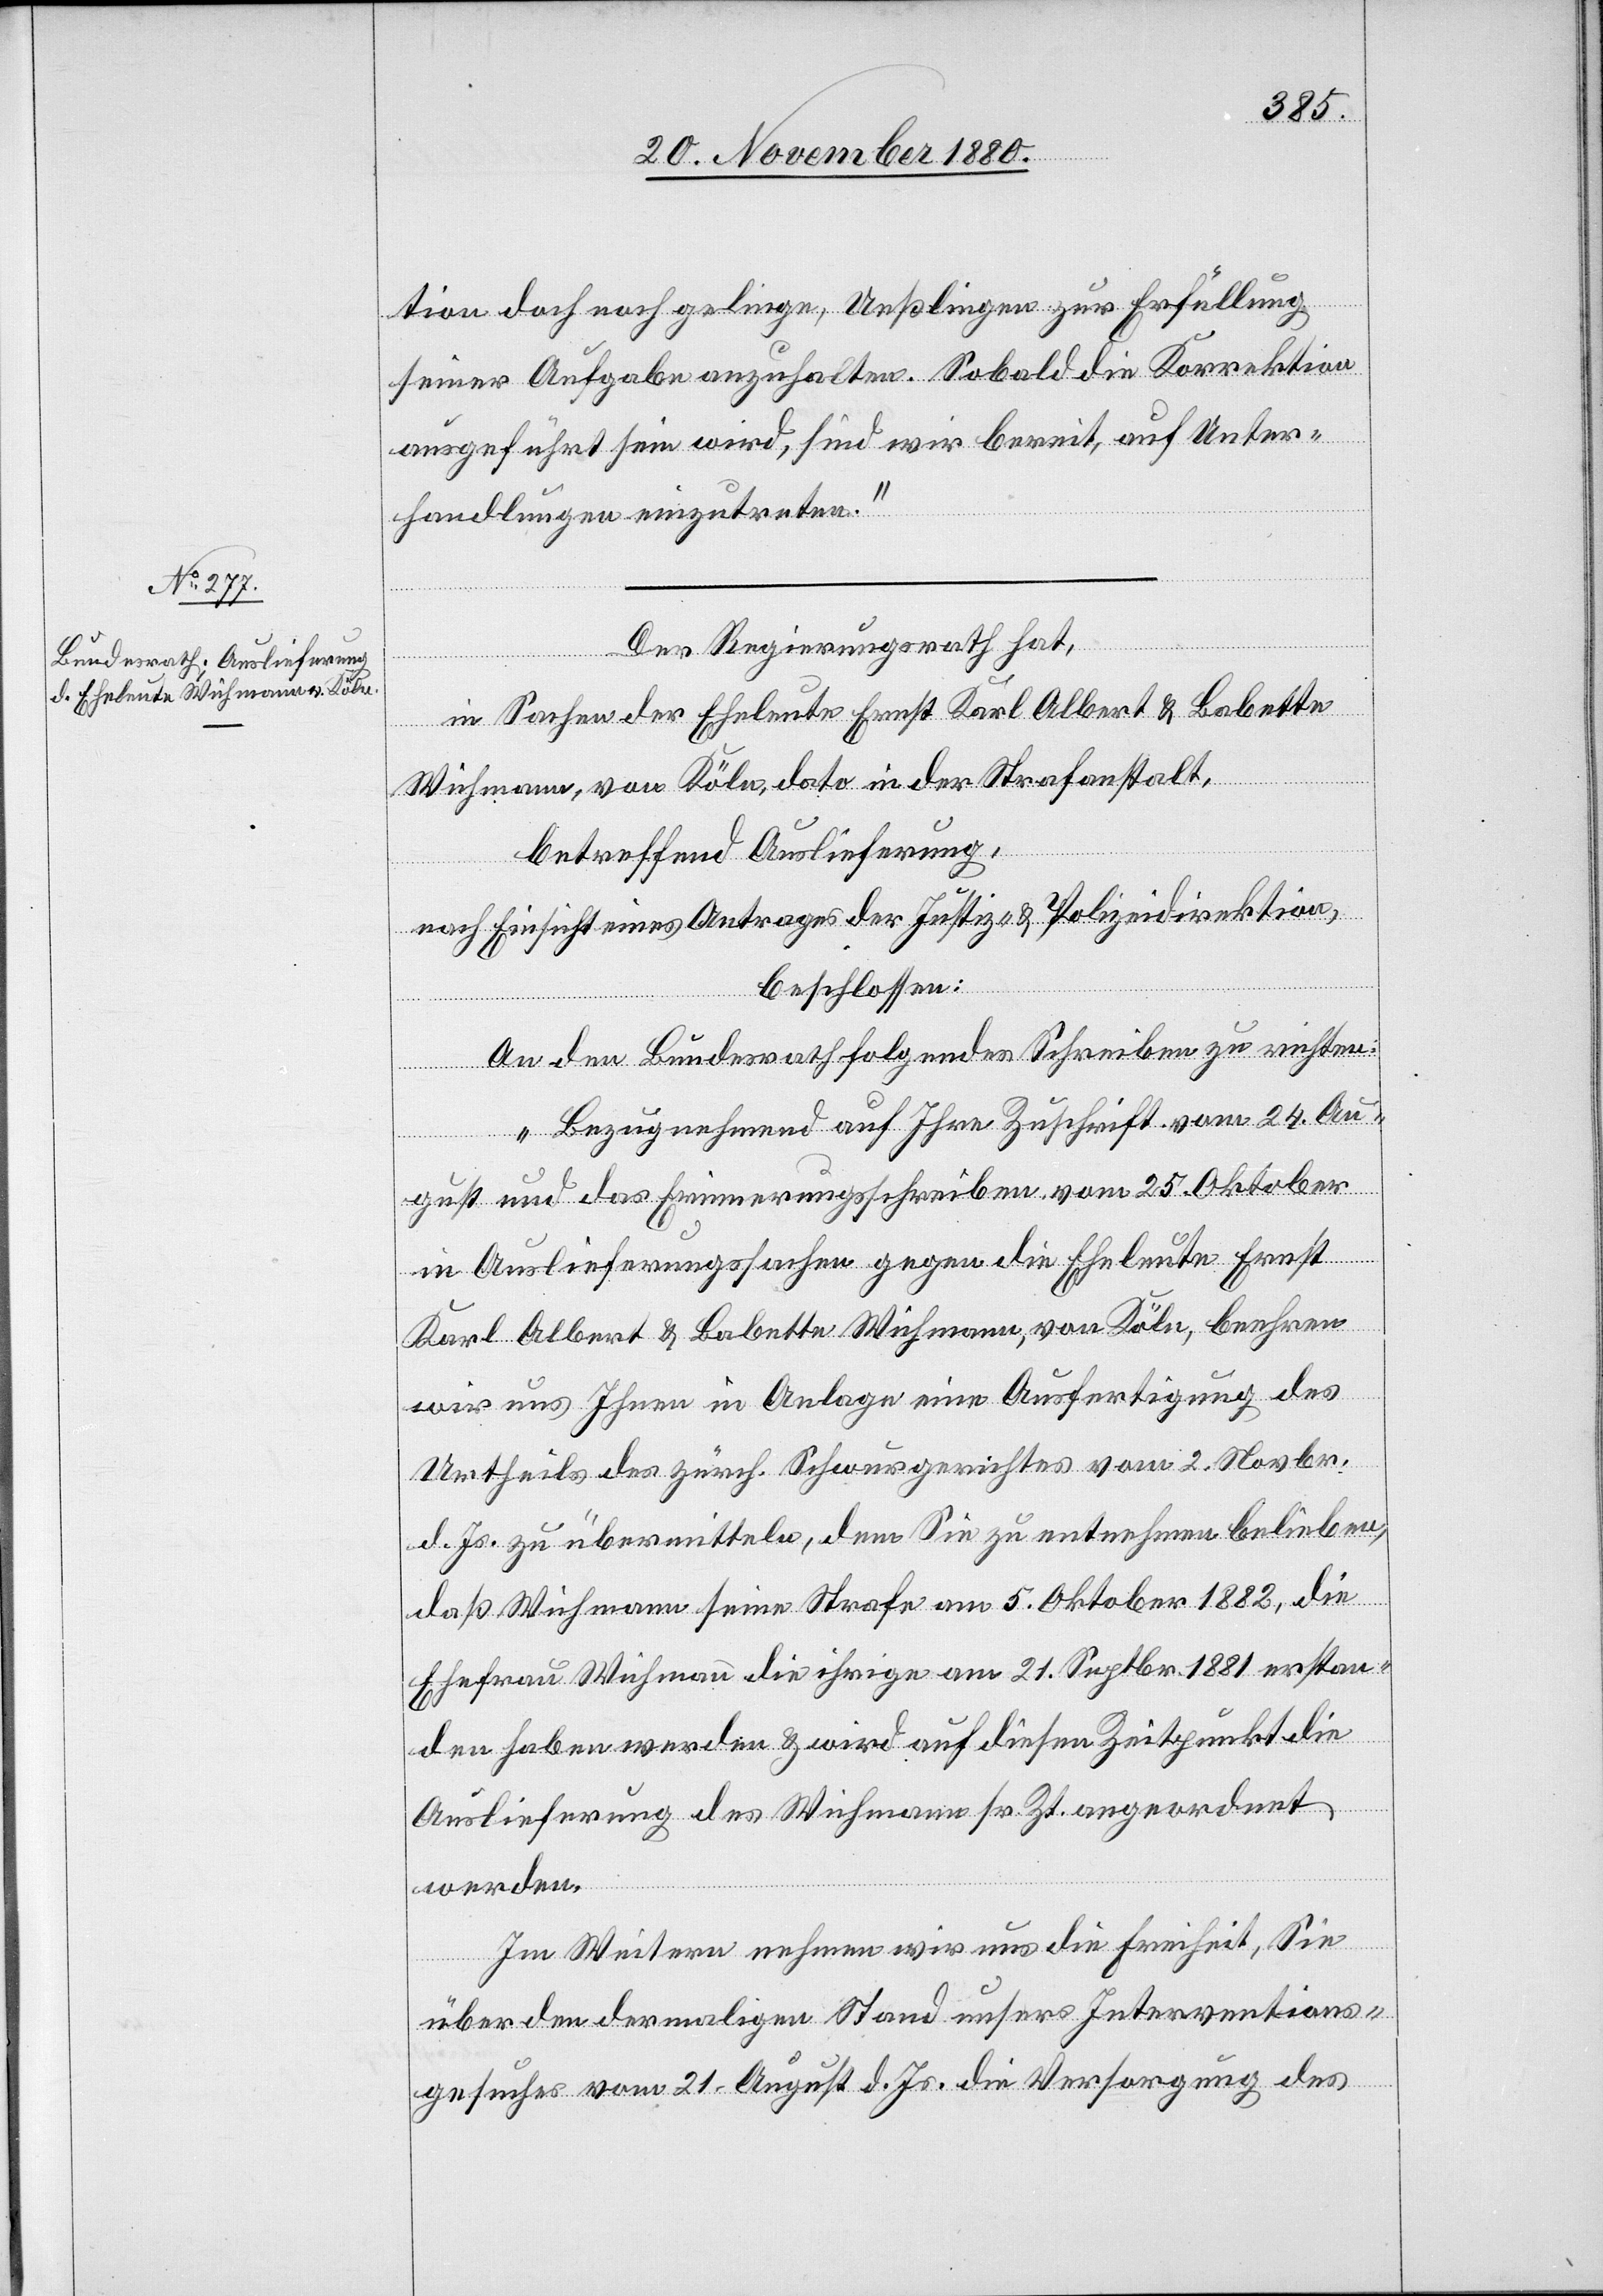
tion doch noch gelinge, Ueßlingen zur Erfüllung
seiner Aufgabe anzuhalten. Sobald die Korrektion
ausgeführt sein wird, sind wir bereit, auf Unter¬
handlungen einzutreten.“
Der Regierungsrath hat,
in Sachen der Eheleute Ernst Karl Albert & Babette
Wichmann, von Köln, dato in der Strafanstalt,
betreffend Auslieferung,
nach Einsicht eines Antrages der Justiz- & Polizeidirektion,
beschlossen:
An den Bundesrath folgendes Schreiben zu richten:
„Bezugnehmend auf Ihre Zuschrift vom 24. Au¬
gust und das Erinnerungsschreiben vom 25. Oktober
in Auslieferungssachen gegen die Eheleute Ernst
Karl Albert & Babette Wichmann von Köln, beehren
wir und Ihnen in Anlage eine Ausfertigung des
Urtheils des zürch. Schwurgerichtes vom 2. Novbr.
d. Js. zu übermitteln, dem Sie zu unternehmen belieben,
daß Wichmann seine Strafe am 5. Oktober 1882, die
Ehefrau Wichmann die ihrige am 21. Septbr. 1881 erstan¬
den haben werden & wird auf diesen Zeitpunkt die
Auslieferung des Wichmann sr. Zt. angeordnet
werden.
Im Weitern nehmen wir uns die Freiheit, Sie
über den dermaligen Stand unsers Interventions¬
gesuches vom 21. August d. Js. die Versorgung des